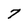
Character: 7